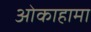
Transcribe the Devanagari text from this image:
ओकाहामा